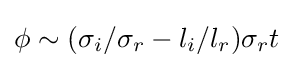
\phi \sim (\sigma _{i}/\sigma _{r}-l_{i}/l_{r})\sigma _{r}t